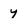
Character: y